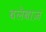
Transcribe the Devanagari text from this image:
बलेबाज़